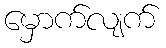
မှောက်လျက်